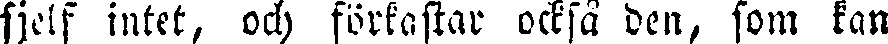
sjelf intet, och förkastar också den, som kan